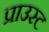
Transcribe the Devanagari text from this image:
प्राउस्ट